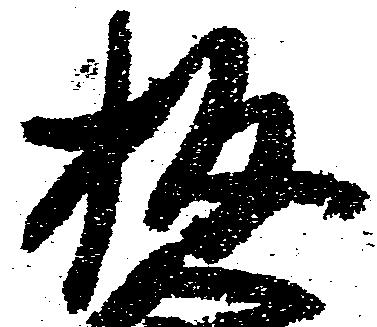
板